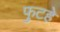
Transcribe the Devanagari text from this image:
फुटहे